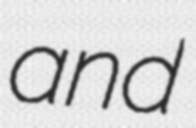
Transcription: and